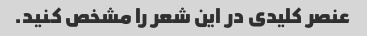
عنصر کلیدی در این شعر را مشخص کنید.